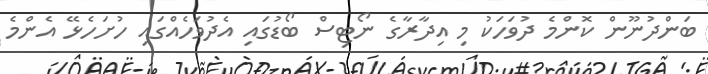
ބަންދުނޫން ކޮންމެ ދުވަހަކު މި އިދާރާގެ ނޯޓިސް ބޯޑުގައި އެދުވަހެއްގައި ހުށަހެޅޭ އެންމެ